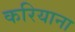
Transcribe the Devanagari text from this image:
करियाना